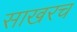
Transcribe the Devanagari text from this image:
साखरच